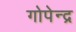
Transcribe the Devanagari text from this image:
गोपेन्द्र